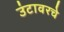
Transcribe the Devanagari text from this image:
उंटावरचे